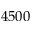
4 5 0 0